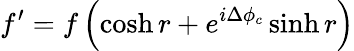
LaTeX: f^{\prime}=f\left(\cosh r+e^{i\Delta\phi_{c}}\sinh r\right)